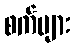
စက်များ